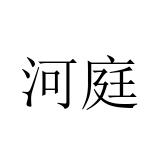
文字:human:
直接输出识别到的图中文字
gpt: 河庭